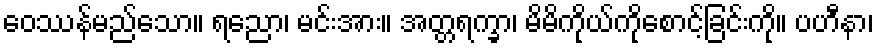
ဝေဿန်မည်သော။ ရညော၊ မင်းအား။ အတ္တရက္ခာ၊ မိမိကိုယ်ကိုစောင့်ခြင်းကို။ ပဟီနာ၊